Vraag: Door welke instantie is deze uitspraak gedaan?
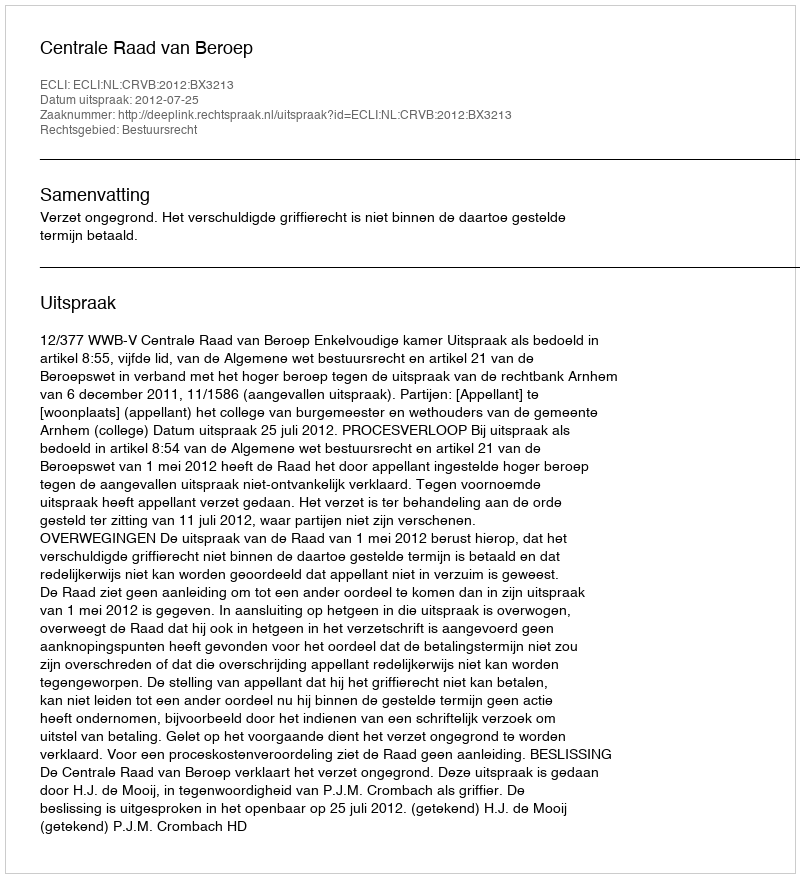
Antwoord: Centrale Raad van Beroep